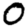
Digit: 0